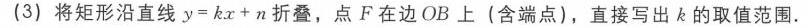
(3) 将矩形沿直线 \(y = kx + n\) 折叠，点 \(F\) 在边 \(OB\) 上（含端点），直接写出 \(k\) 的取值范围.